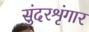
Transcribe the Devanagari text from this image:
सुंदरशृंगार